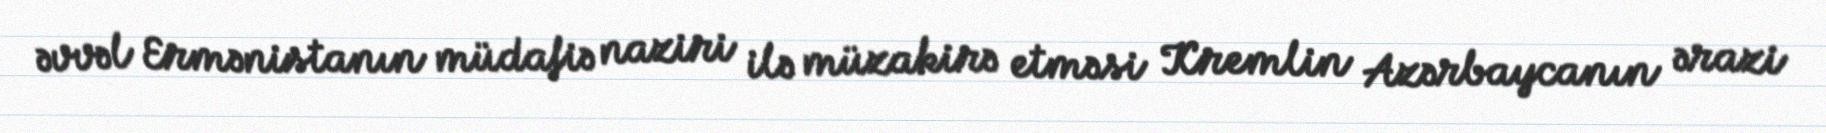
əvvəl Ermənistanın müdafiə naziri ilə müzakirə etməsi Kremlin Azərbaycanın ərazi